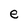
Character: e